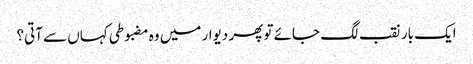
ایک بار نقب لگ جائے تو پھر دیوار میں وہ مضبوطی کہاں سے آتی؟